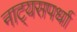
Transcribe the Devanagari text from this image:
नाट्यसपर्धा